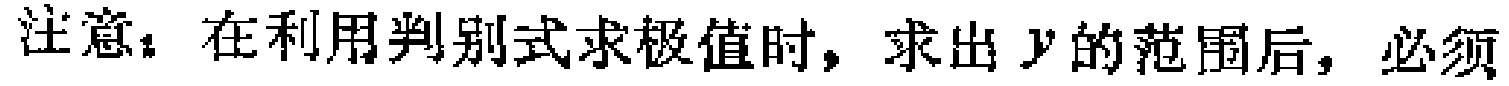
注意：在利用判别式求极值时，求出\(y\)的范围后，必须